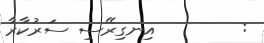
:        އިނގިރޭސި ސަރުކާރާ